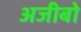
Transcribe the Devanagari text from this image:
अजीबो